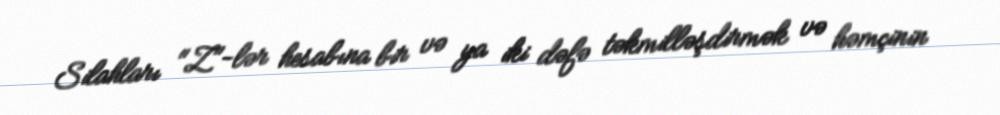
Silahları "Z"-lər hesabına bir və ya iki dəfə təkmilləşdirmək və həmçinin